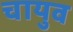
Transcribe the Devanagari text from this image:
चायुव